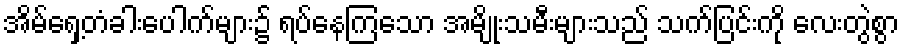
အိမ်ရှေ့တံခါးပေါက်များ၌ ရပ်နေကြသော အမျိုးသမီးများသည် သက်ပြင်းကို လေးတွဲစွာ